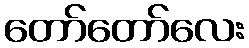
တော်တော်လေး